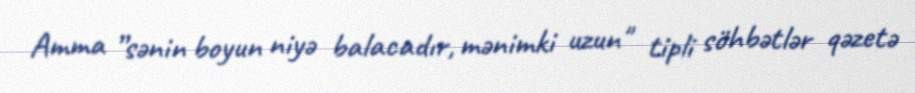
Amma ”sənin boyun niyə balacadır, mənimki uzun" tipli söhbətlər qəzetə